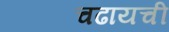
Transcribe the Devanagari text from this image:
चढायची